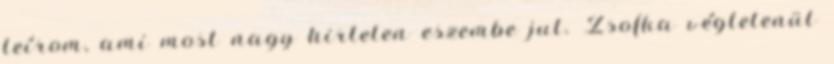
leírom, ami most nagy hirtelen eszembe jut. Zsofka végtelenül